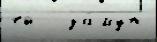
ей   за́муж